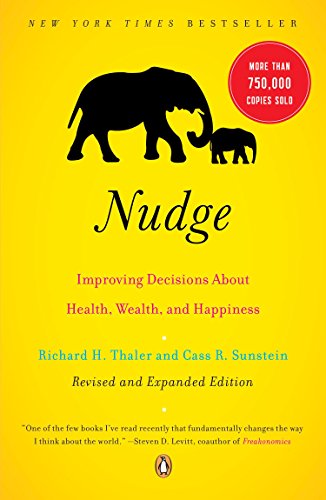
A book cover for Nudge: Improving Decisions About Health, Wealth, and Happiness; Richard H. Thaler; Medical Books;